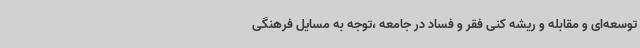
توسعه‌ای و مقابله و ریشه کنی فقر و فساد در جامعه ،توجه به مسایل فرهنگی